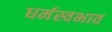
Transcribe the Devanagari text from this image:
धर्मस्वभाव